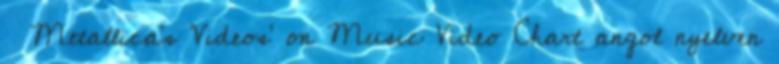
↑ Metallica's 'Videos' on Music Video Chart angol nyelven